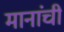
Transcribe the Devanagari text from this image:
मानांची